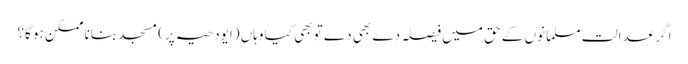
اگر عدالت مسلمانوں کے حق میں فیصلہ دے بھی دے تو بھی کیا وہاں (ایودھیہ پر) مسجد بنانا ممکن ہو گا؟